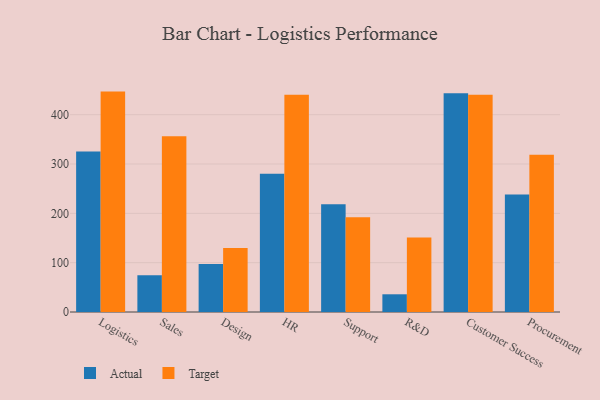
{"axis": {"x": "Department", "y": "Budget (USD K)"}, "legend": ["Actual", "Target"], "data": [{"x": "Logistics", "y": 325.5, "type": "Actual"}, {"x": "Logistics", "y": 446.8, "type": "Target"}, {"x": "Sales", "y": 74.4, "type": "Actual"}, {"x": "Sales", "y": 356.4, "type": "Target"}, {"x": "Design", "y": 97.1, "type": "Actual"}, {"x": "Design", "y": 129.6, "type": "Target"}, {"x": "HR", "y": 280.1, "type": "Actual"}, {"x": "HR", "y": 440.5, "type": "Target"}, {"x": "Support", "y": 218.6, "type": "Actual"}, {"x": "Support", "y": 191.9, "type": "Target"}, {"x": "R&D", "y": 35.9, "type": "Actual"}, {"x": "R&D", "y": 150.8, "type": "Target"}, {"x": "Customer Success", "y": 443.3, "type": "Actual"}, {"x": "Customer Success", "y": 440.3, "type": "Target"}, {"x": "Procurement", "y": 238.0, "type": "Actual"}, {"x": "Procurement", "y": 319.0, "type": "Target"}]}